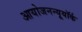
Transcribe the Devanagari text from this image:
आयोजनन्यूयॉर्क